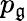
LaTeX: p_{\mathfrak{g}}